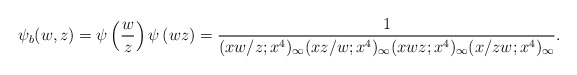
\begin{align*}\psi_b (w, z)=\psi \left( \frac{w}{z} \right) \psi \left( wz \right) =\frac{1}{(xw/z;x^4)_{\infty}(xz/w;x^4)_{\infty}(xwz;x^4)_{\infty}(x/zw;x^4)_{\infty}}. \end{align*}